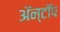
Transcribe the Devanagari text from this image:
ॲन्टॉप